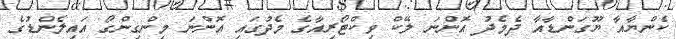
ކެންޔާއާ ޔޫގަންޑާއާ ދެމެދު އޮންނަ ލޭކް ވިކްޓޯރިއާގެ މެދުގައި އޮންނަ މިންގިންގޯ އައިލެންޑުގެ